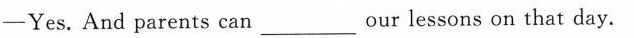
-Yes. And parents can___ our lessons on that day.